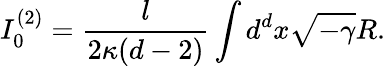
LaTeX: I_{0}^{(2)}=\frac{l}{2\kappa(d-2)}\int d^{d}x\sqrt{-\gamma}R.